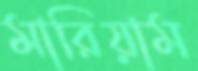
মারিয়াম